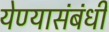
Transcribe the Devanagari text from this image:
येण्यासंबंधी